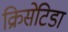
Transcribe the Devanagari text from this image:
क्रिसेटिडा